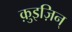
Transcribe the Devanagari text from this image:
क़ुइज़िन्